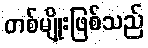
တစ်မျိုးဖြစ်သည်